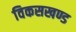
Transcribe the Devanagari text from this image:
विकसखण्ड